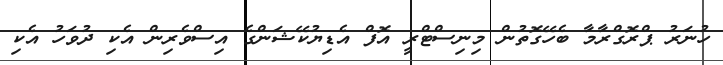
ހުނަރު ޕްރޮގްރާމާ ބެހޭގޮތުން މިނިސްޓްރީ އޮފް އެޑިޔުކޭޝަންގެ އިސްވެރިން އެކި ދުވަހު އެކި